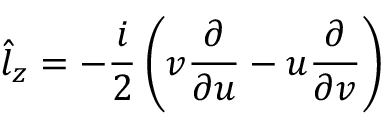
{ \hat { l } _ { z } } = - \frac { i } { 2 } \left( v \frac { \partial } { \partial u } - u \frac { \partial } { \partial v } \right)